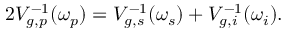
2 V _ { g , p } ^ { - 1 } ( \omega _ { p } ) = V _ { g , s } ^ { - 1 } ( \omega _ { s } ) + V _ { g , i } ^ { - 1 } ( \omega _ { i } ) .